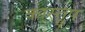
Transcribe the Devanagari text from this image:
कास्त्रुप